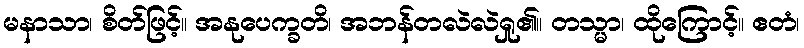
မနာသာ၊ စိတ်ဖြင့်။ အနုပေက္ခတိ၊ အဘန်တလဲလဲရှု၏။ တသ္မာ၊ ထိုကြောင့်။ ဧတံ၊